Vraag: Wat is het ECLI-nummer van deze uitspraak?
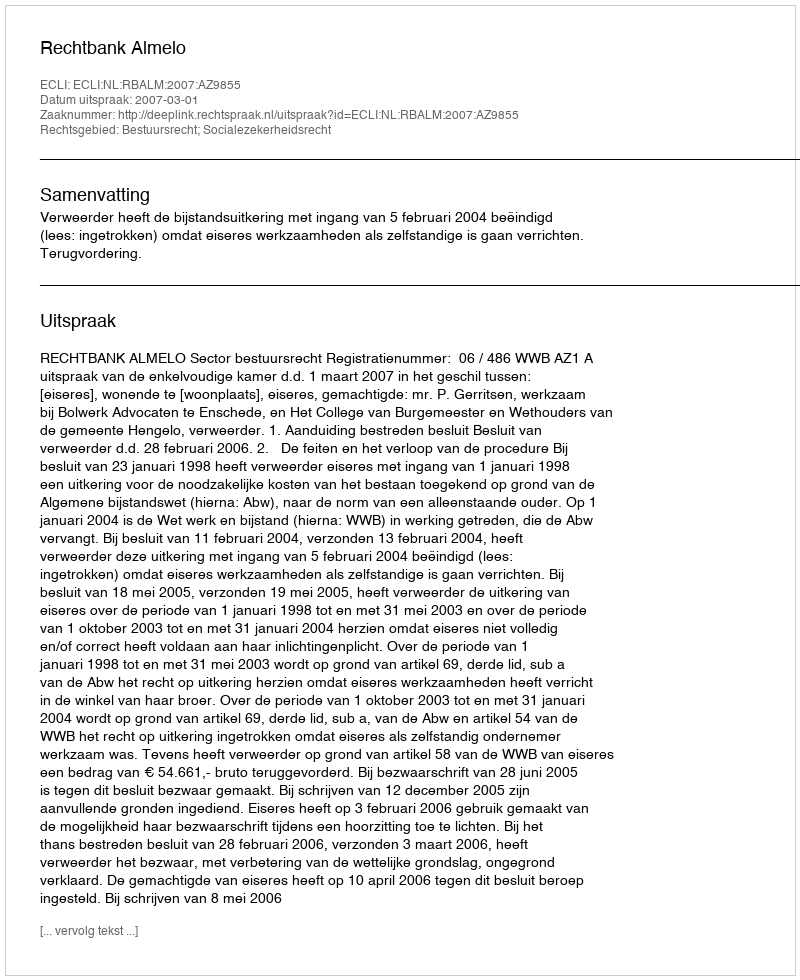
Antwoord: ECLI:NL:RBALM:2007:AZ9855